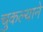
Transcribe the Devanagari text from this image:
चुकल्याने